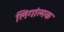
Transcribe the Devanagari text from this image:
लिगांत्मक